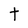
Character: t